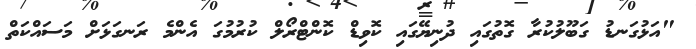
"އަޅުގަނޑު ގަބޫލުކުރާ ގޮތުގައި ދުނިޔޭގައި ކޮވިޑް ކޮންޓްރޯލް ކުރުމުގަ އެންމެ ރަނގަޅަށް މަަސައްކަތް